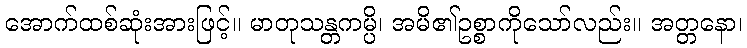
အောက်ထစ်ဆုံးအားဖြင့်။ မာတုသန္တကမ္ပိ၊ အမိ၏ဥစ္စာကိုသော်လည်း။ အတ္တနော၊